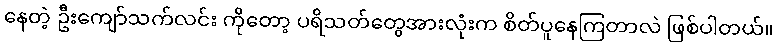
နေတဲ့ ဦးကျော်သက်လင်း ကိုတော့ ပရိသတ်တွေအားလုံးက စိတ်ပူနေကြတာလဲ ဖြစ်ပါတယ်။